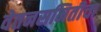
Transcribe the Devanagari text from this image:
वेतनसमितीचा